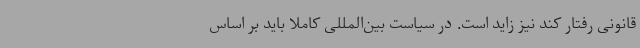
قانونی رفتار کند نیز زاید است. در سیاست بین‌المللی کاملا باید بر اساس